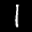
Label: 1